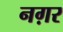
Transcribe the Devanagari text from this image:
नग़र